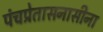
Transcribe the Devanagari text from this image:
पंचप्रेतासनासीना